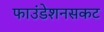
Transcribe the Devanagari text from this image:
फाउंडेशनसकट